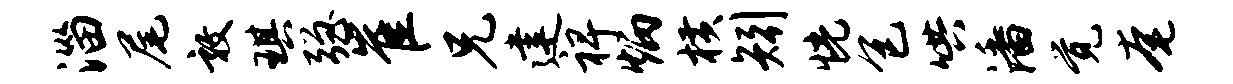
淄尾敦琪强崔兄建裨炳横矧恍包哄潘觉奄